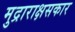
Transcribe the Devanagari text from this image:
मुद्राराक्षसकार